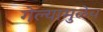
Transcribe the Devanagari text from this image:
गेल्यामुळेच